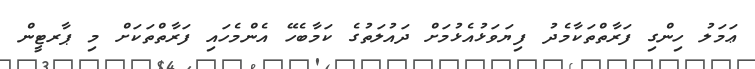
ޢަމަލު ހިންގި ފަރާތްތަކާމެދު ފިޔަވަޅުއެޅުމަށް ދައުލަތުގެ ކަމާބެހޭ އެންމެހައި ފަރާތްތަކަށް މި ޕާރޓީން